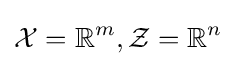
{\mathcal {X}}=\mathbb {R} ^{m},{\mathcal {Z}}=\mathbb {R} ^{n}